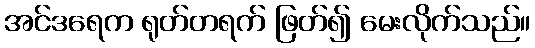
အင်ဒရေက ရုတ်တရက် ဖြတ်၍ မေးလိုက်သည်။